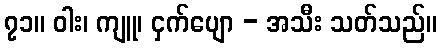
၇၁။ ဝါး၊ ကျူ၊ ငှက်ပျော - အသီး သတ်သည်။